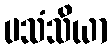
ပသံသိယာ